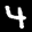
Label: 4